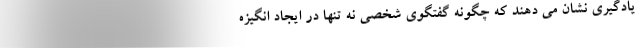
یادگیری نشان می دهند که چگونه گفتگوی شخصی نه تنها در ایجاد انگیزه